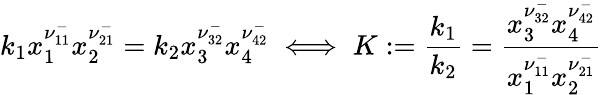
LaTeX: k_{1}x_{1}^{\nu_{11}^{-}}x_{2}^{\nu_{21}^{-}}=k_{2}x_{3}^{\nu_{32}^{-}}x_{4}^{\nu_{42}^{-}}\iff K:=\frac{k_{1}}{k_{2}}=\frac{x_{3}^{\nu_{32}^{-}}x_{4}^{\nu_{42}^{-}}}{x_{1}^{\nu_{11}^{-}}x_{2}^{\nu_{21}^{-}}}